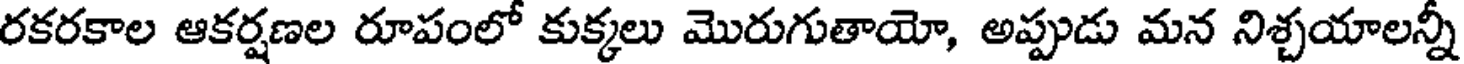
రకరకాల ఆకర్షణల రూపంలో కుక్కలు మొరుగుతాయో, అప్పుడు మన నిశ్చయాలన్నీ